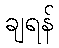
ချရန်